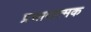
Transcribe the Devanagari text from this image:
प्रसादात्मक